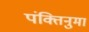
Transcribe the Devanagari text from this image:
पंक्तिनुमा